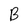
Character: B